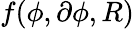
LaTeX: f(\phi,\partial\phi,R)